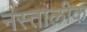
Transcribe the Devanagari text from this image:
नस्तालीक